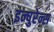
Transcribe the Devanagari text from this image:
इन्षुरेन्स